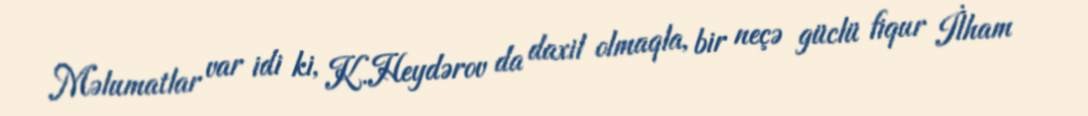
Məlumatlar var idi ki, K.Heydərov da daxil olmaqla, bir neçə güclü fiqur İlham